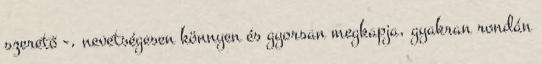
szerető -, nevetségesen könnyen és gyorsan megkapja, gyakran rondán